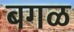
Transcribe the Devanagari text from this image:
बगळ